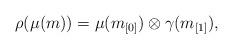
LaTeX: \begin{align*}\rho(\mu(m))= \mu(m_{[0]})\otimes \gamma(m_{[1]}),\end{align*}